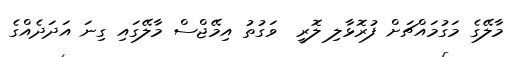
މާލޭގެ މަގުމައްޗަށް ފުރޮޅާލި ލޮރީ  ވަގުތު އިމޭޖްސް މާލޭގައި ގިނަ އަދަދެއްގެ